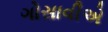
ગોસાવીએ